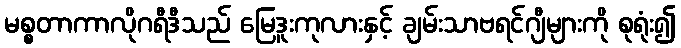
မစ္စတာကာလိုဂရီဒီသည် မြေဒူးကုလားနှင့် ချမ်းသာဗရင်ဂျီများကို စုရုံး၍